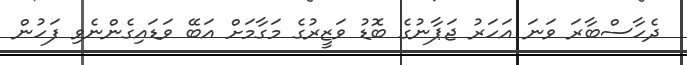
ދެހާސްބާރަ ވަނަ އަހަރު ޖަޕާނުގެ ބޮޑު ވަޒީރުގެ މަގާމަށް އަބޭ ވަޑައިގެންނެވި ފަހުން